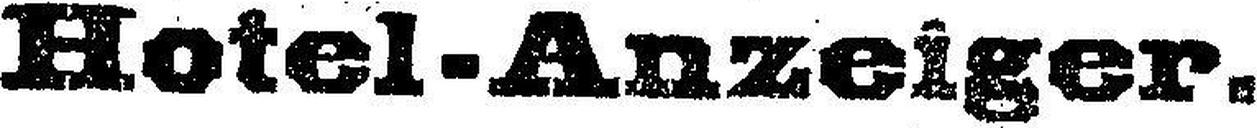
Hotel-Anzeiger.